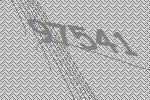
97541